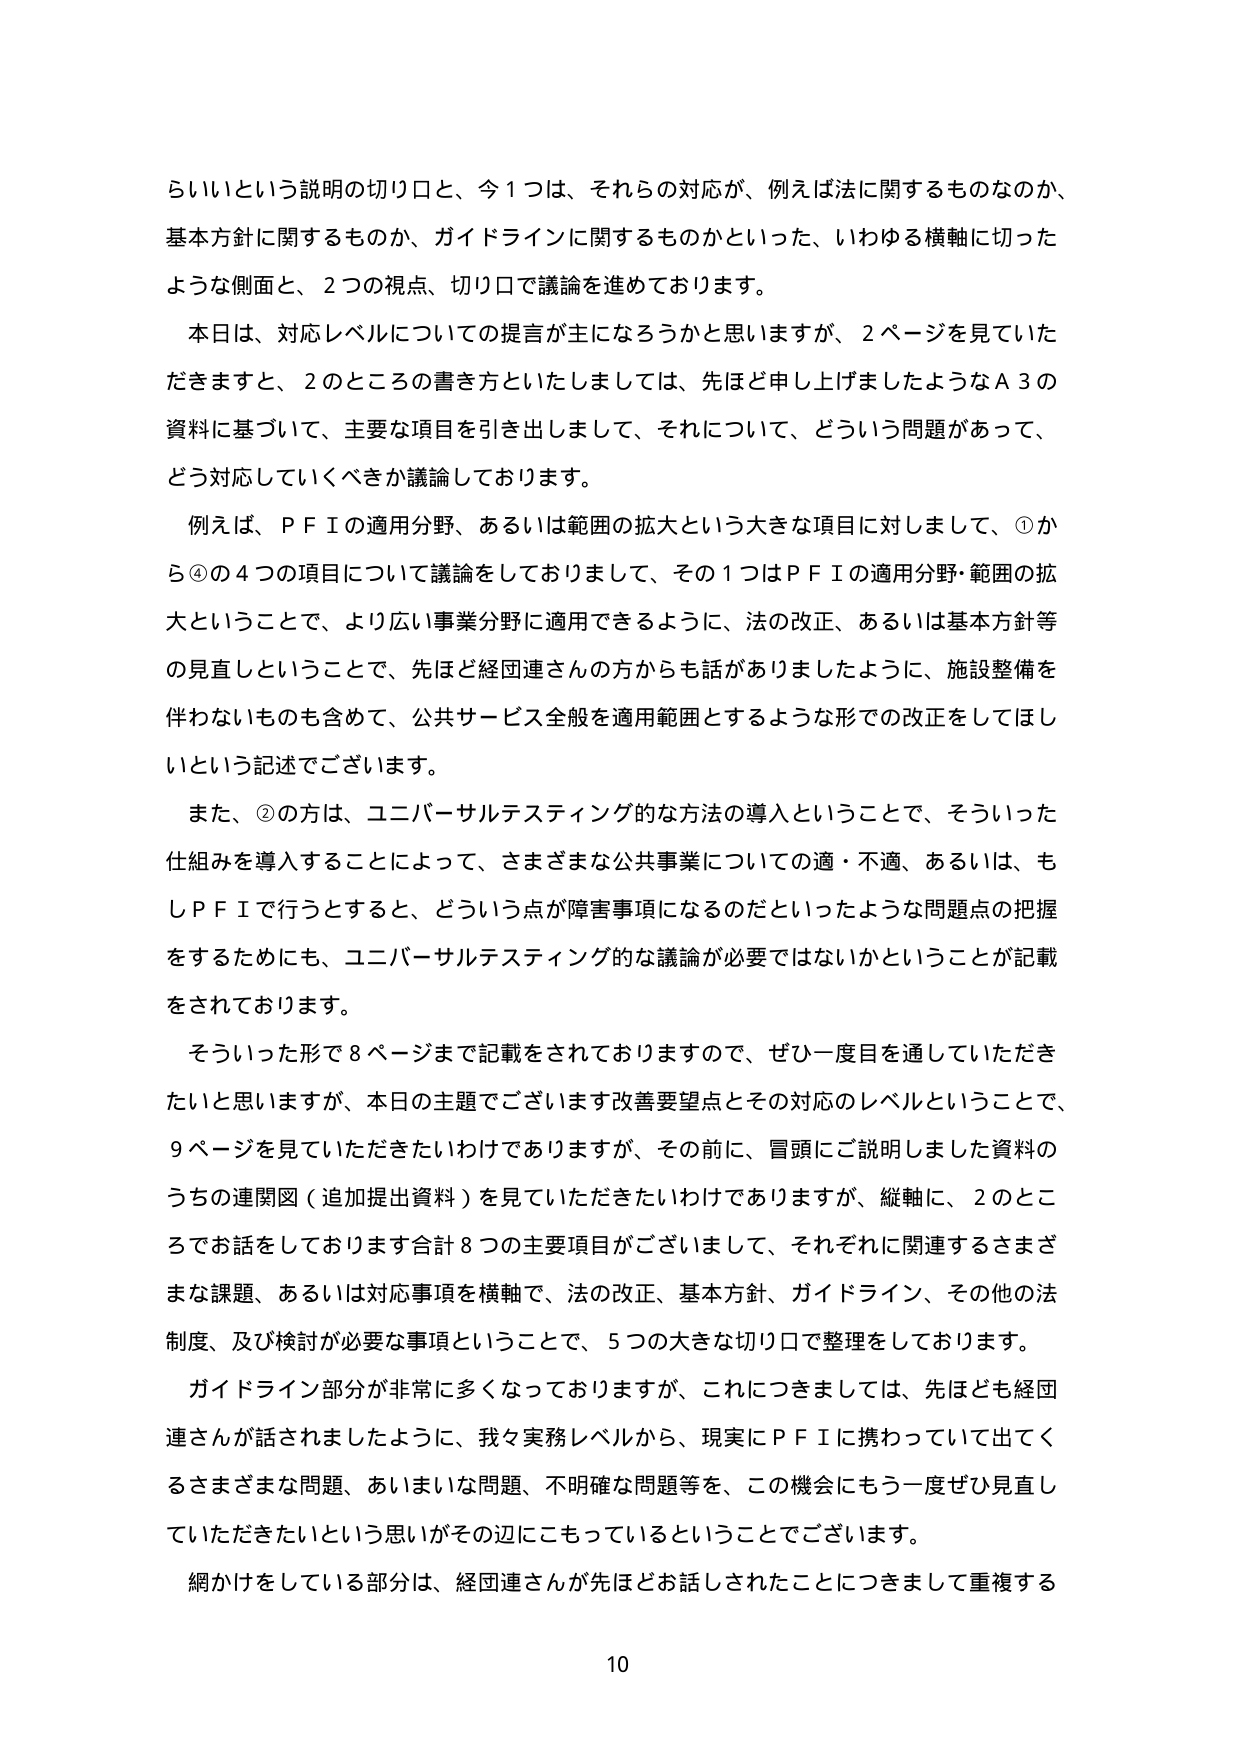
らしいという説明の切り口と、今１つは、それらの対応が、例えば法に関するものなのか、基本方針に関するもののか、ガイドラインに関するものかといった、いわゆる横軸に切ったような側面と、２つの視点、切り口で議論を進めております。

本日は、対応レベルについての提言が主になろうかと思いますが、２ページを見ていただきますと、２のところの書き方といたしましては、先ほど申し上げましたようなＡ３の資料に基づいて、主要な項目を引き出しまして、それについて、どういう問題があって、どう対応していくべきか議論しております。

例えば、ＰＦＩの適用分野、あるいは範囲の拡大という大きな項目に対しまして、①から④の４つの項目について議論をしておりまして、その１つはＰＦＩの適用分野・範囲の拡大ということで、より広い事業分野に適用できるように、法の改正、あるいは基本方針等の見直しということで、先ほど経団連さんの方からも話がありましたように、施設整備を伴わないものも含めて、公共サービス全般を適用範囲とするような形での改正をしてほしいという記述でございます。

また、②の方は、ユニバーサルテスティング的な方法の導入ということで、そういった仕組みを導入することによって、さまざまな公共事業についての適・不適、あるいは、もしＰＦＩで行うとすると、どういう点が障害事項になるのだといったような問題点の把握をするためにも、ユニバーサルテスティング的な議論が必要ではないかということが記載をされております。

そういった形で８ページまで記載をされておりますので、ぜひ一度目を通していただきたいと思いますが、本日の主題でございます改善要望点とその対応のレベルということで、９ページを見ていただきたいわけでありますが、その前に、冒頭にご説明しました資料のうちの連関図（追加提出資料）を見ていただきたいわけでありますが、縦軸に、２のところでお話をしております合計８つの主要項目がございまして、それぞれに関連するさまざまな課題、あるいは対応事項を横軸で、法の改正、基本方針、ガイドライン、その他の法制度、及び検討が必要な事項ということで、５つの大きな切り口で整理しております。

ガイドライン部分が非常に多くっておりますが、これにつきましては、先ほども経団連さんが話されましたように、我々実務レベルから、現実にＰＦＩに携わっていて出てくるさまざまな問題、あいまいな問題、不明確な問題等を、この機会にもう一度ぜひ見直していただきたいという思いがその辺にこもっているということでございます。

網かけをしている部分は、経団連さんが先ほどお話しされたことにつきまして重複する

10